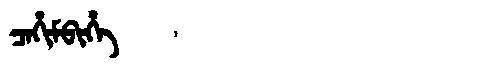
Manchu: ᠴᠠᡥᡳᠮᠪᡳᡥᡝ
Romanization: CAHIMBIHE